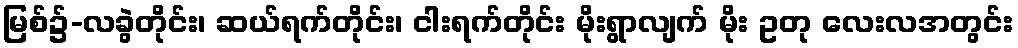
မြစ်၌-လခွဲတိုင်း၊ ဆယ်ရက်တိုင်း၊ ငါးရက်တိုင်း မိုးရွာလျက် မိုး ဥတု လေးလအတွင်း